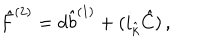
{ \hat { F } } ^ { ( 2 ) } = d { \hat { b } } ^ { ( 1 ) } + ( i _ { \hat { k } } { \hat { C } } ) \, ,